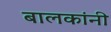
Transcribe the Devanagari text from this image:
बालकांनी